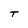
Character: T